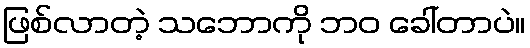
ဖြစ်လာတဲ့ သဘောကို ဘဝ ခေါ်တာပဲ။